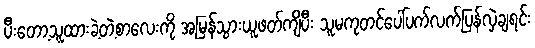
ပီးတော့သူထားခဲ့တဲ့စာလေးကို အမြန်သွားယူဖတ်ကျိပီး သူမကုတင်ပေါ်ပက်လက်ပြန်လှဲချရင်း